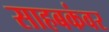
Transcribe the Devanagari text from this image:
साहबकंवर